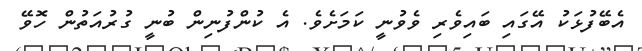
އެބޭފުޅަކު އޭގައި ބައިވެރި ވެވުނީ ކަމަށެވެ. އެ ކުންފުނިން ބުނީ ގުރުއަތުން ހޮވޭ